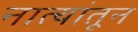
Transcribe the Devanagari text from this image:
नात्यांतून